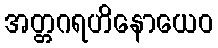
အတ္တဂရဟိနောယေဝ